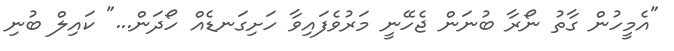
"އެމީހުން ގާތު ނޯރާ ބުނަން ޖެހޭނީ މަރުވެފައިވާ ހަށިގަނޑެއް ހޯދަން..." ކައިލް ބުނި